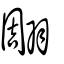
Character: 翢